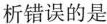
析错误的是